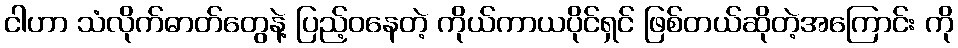
ငါဟာ သံလိုက်ဓာတ်တွေနဲ့ ပြည့်ဝနေတဲ့ ကိုယ်ကာယပိုင်ရှင် ဖြစ်တယ်ဆိုတဲ့အကြောင်း ကို